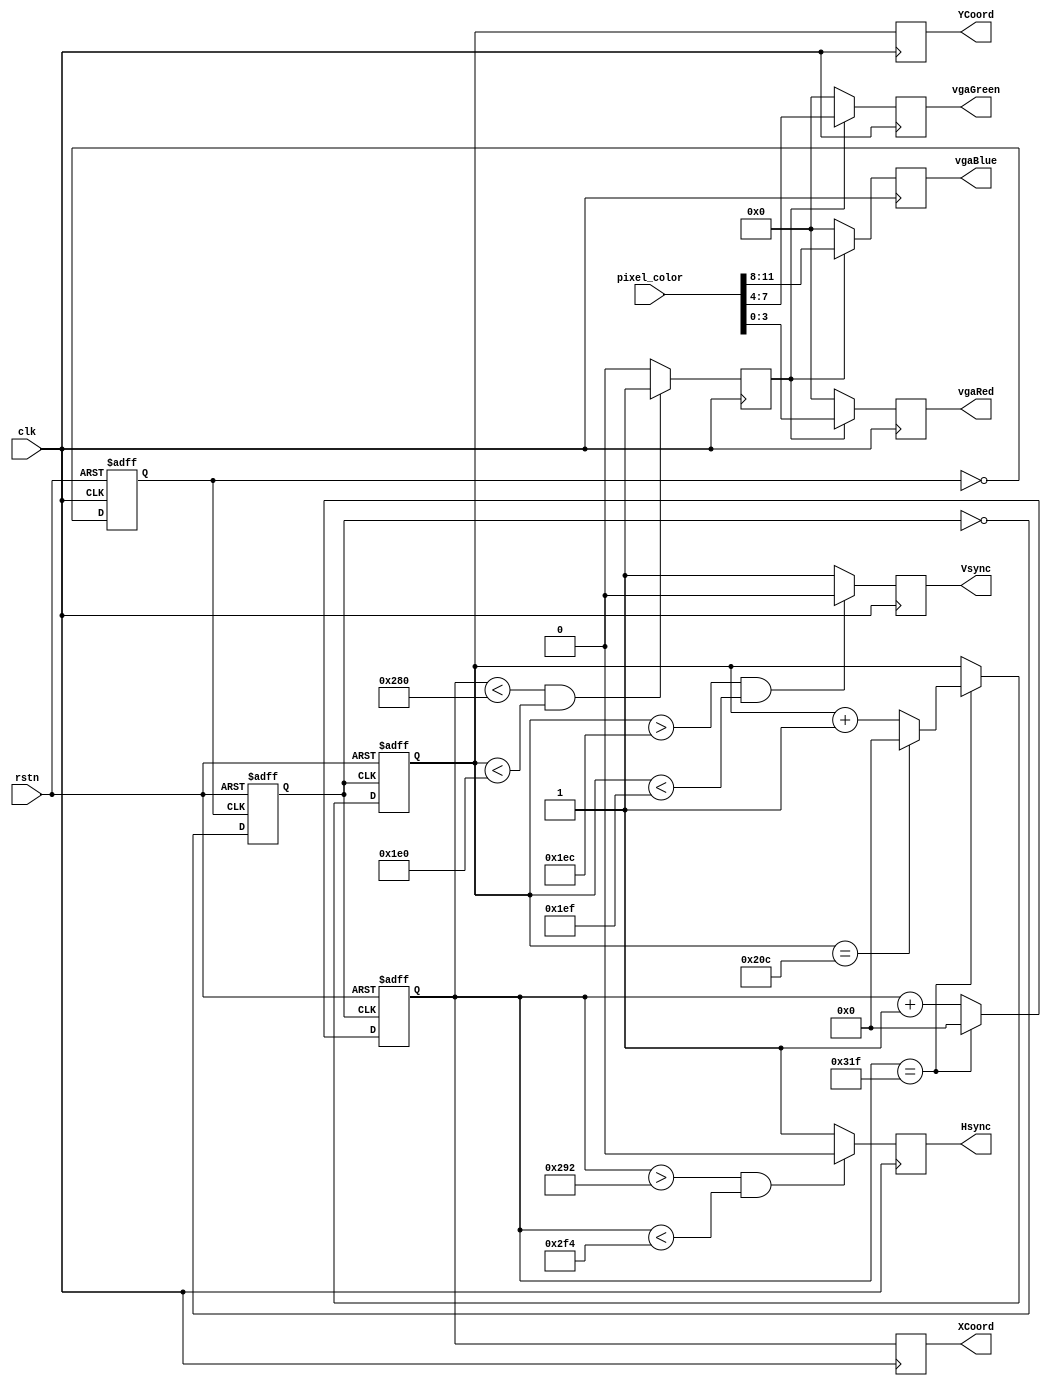
`timescale 1ns / 1ps
//////////////////////////////////////////////////////////////////////////////////
// Company: 
// 
// Design Name: 
// Module Name: VGA_Interface
// Project Name: 
// Target Devices: 
// Tool Versions: 
// Description: 
// 
// Dependencies: 
// 
// Revision:
// Revision 0.01 - File Created
// Additional Comments:
// 
//////////////////////////////////////////////////////////////////////////////////


module VGA_Interface(
clk,
rstn,
pixel_color,
vgaRed,
vgaGreen,
vgaBlue,
Hsync,
Vsync,
XCoord,
YCoord

    );

    input  wire        clk;
    input  wire        rstn;
    input  wire [11:0] pixel_color;
    output reg        Hsync;  //Hsync is HIGH, low pulse when line scan is over
    output reg        Vsync;  ////Hsync is HIGH, low pulse when screen scan is over
    output reg  [3:0] vgaRed;
    output reg  [3:0] vgaGreen;
    output reg  [3:0] vgaBlue;
    output reg  [9:0] XCoord;
    output reg  [9:0] YCoord;
    
    
    
   
    reg clk_50; // 50MHz clk out of 100MHz clk
    reg clk_25; // 25MHz clk out of 100MHz clk
    reg [9:0] horiz_counter; // counts rows
    reg [9:0] vert_counter; // counts lines
    reg inside_screen;
    reg counter;
    wire pixel_clk;
   



   
    always @(posedge clk or negedge rstn)begin //50MHz CLK initiates accoding to clk posedge or negedge of reset button
        if (~rstn)
            clk_50 <= 1'b0;
        else
            clk_50 = ~clk_50;
    end
   
    always @(posedge clk_50 or negedge rstn)begin //25MHz CLK
        if (~rstn)
            clk_25 <= 1'b0;
        else
            clk_25 = ~clk_25;
    end
    
    assign pixel_clk = clk_25; // vga's CLK   

    //generating Hsync, Vsync
    always @(posedge pixel_clk or negedge rstn)begin
    
        if (~rstn) begin //when reset low is HIGH, we initiate. 
            horiz_counter <= 10'b0; //10 on 10 matrix
            vert_counter <= 10'b0;
        end else if (horiz_counter == 10'd799) begin // if we go over 799 in horizon
                horiz_counter <= 10'b0; //we reinitiate to zero
                if (vert_counter == 10'd524)  
                    vert_counter <= 10'b0; //same with vertical limit
                else
                    vert_counter <= vert_counter + 1'b1; //if we did not cross any limit, vertical counter +1
        end else
        begin
            horiz_counter <= horiz_counter +1'b1; // if we did not cross any limit horizontaly, horizontal counter ++
            end
         //inside_screen <= ((horiz_counter < 10'd640) && (vert_counter < 10'd480)) ? 1'b0 : 1'b1; // if we satisfy 640x480 condition, return 1.    
    end
    always@(posedge clk)
    begin
        if(((horiz_counter < 10'd640) && (vert_counter < 10'd480)))
        begin
            inside_screen <= 1;
        end
        else
        begin
            inside_screen <= 0;
        end
    end
   // inside_screen = ((horiz_counter < 10'd640) && (vert_counter < 10'd480)) ? 1 : 0; // if we satisfy 640x480 condition, return 1. 
    
    //on rising edge, we check if we are in frame and assign values accordingly
    always @(posedge clk) begin
        if (inside_screen) begin // if we are in frame registers are equal the relevant component of pixel_color array
        
            vgaRed[3:0]   <= pixel_color[3 :0];
            vgaGreen[3:0] <= pixel_color[7 :4];
            vgaBlue[3:0]  <= pixel_color[11:8];
        end else begin // if we are out of frame, assign all zeroes to vgaColor
            vgaRed[3:0]   <= 4'h0;
            vgaGreen[3:0] <= 4'h0;
            vgaBlue[3:0]  <= 4'h0;
//              vgaRed[3:0]   = ~pixel_color[3 :0];
//                      vgaGreen[3:0] = ~pixel_color[7 :4];
//                      vgaBlue[3:0]  = ~pixel_color[11:8];
        end
    end
    
    // on rising edge we assign Xcoord and Ycoord to the relevant horizontal and vertical counters
    always @(posedge clk) begin
        XCoord = horiz_counter;
        YCoord = vert_counter;
    end
    
    //on rising edge, if horizontal counter is higher than 648 and lower than 758, we shall assign 0 to Hsync ( not in sync ) otherwise we shall as 1 ( in sync) 
    always @(posedge clk) begin
        if (horiz_counter > 10'd658 & horiz_counter < 10'd756) //according to experimental data, hsync pulse is between 658 and 756
            Hsync = 1'b0;
        else
            Hsync= 1'b1;
    end
    
    // on  rising edge, if vertical counter is higher than 492, and lower than 495 we are not in vertical sync, otherwise we are ( '1' )
    always @(posedge clk) begin
        if (vert_counter > 10'd492 & vert_counter < 10'd495) //according to experimental background, vsync pulse is between 492 and 495
            Vsync = 1'b0;
        else
            Vsync = 1'b1;
    end 
endmodule